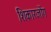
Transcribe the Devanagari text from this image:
शिकारजोंग